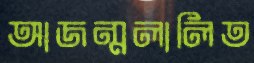
আজন্মলালিত